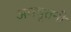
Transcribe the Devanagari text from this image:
अवधूतनी